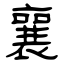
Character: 襄